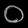
Digit: ၀